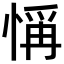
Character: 𢜻